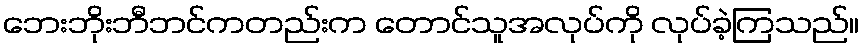
ဘေးဘိုးဘီဘင်ကတည်းက တောင်သူအလုပ်ကို လုပ်ခဲ့ကြသည်။